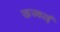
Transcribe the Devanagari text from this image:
खनकाई